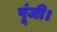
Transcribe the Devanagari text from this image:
पूंजी।